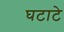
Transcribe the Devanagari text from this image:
घटाटे